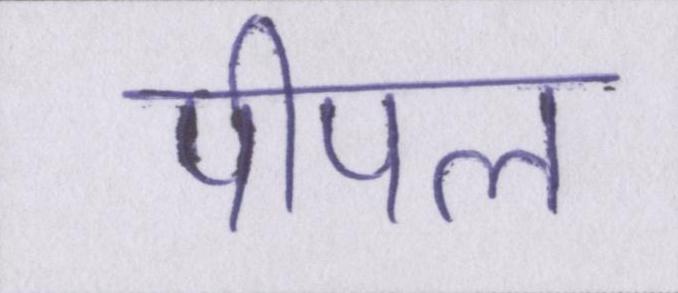
पीपल